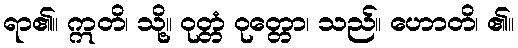
ရာ၏။ ဣတိ၊ သို့။ ဝုတ္တံ ဝုတ္တော၊ သည်။ ဟောတိ၊ ၏။